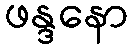
ဖန္ဒနော